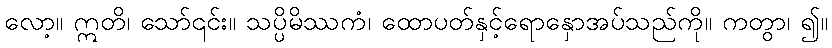
လော့။ ဣတိ၊ သော်၎င်း။ သပ္ပိမိဿကံ၊ ထောပတ်နှင့်ရောနှောအပ်သည်ကို။ ကတွာ၊ ၍။